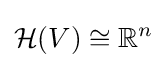
{\mathcal {H}}(V)\cong \mathbb {R} ^{n}